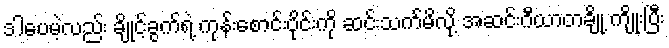
ဒါပေမဲ့လည်း ချိုင့်ခွက်ရဲ့ ကုန်းစောင်းပိုင်းကို ဆင်းသက်မိလို့ အဆင်းဂီယာတချို့ ကျိုးပြီး